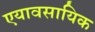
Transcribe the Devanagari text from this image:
एयावसायिक